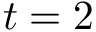
t = 2